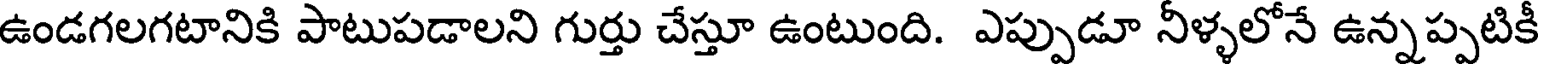
ఉండగలగటానికి పాటుపడాలని గుర్తు చేస్తూ ఉంటుంది. ఎప్పుడూ నీళ్ళలోనే ఉన్నప్పటికీ